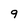
Character: 9